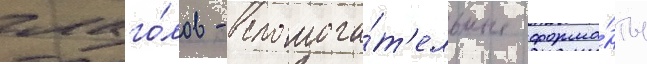
глаго́лов - вспомога́т'ельные форма́нты